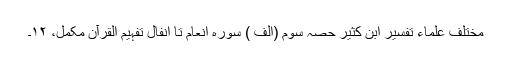
مختلف علماء تفسیر ابن کثیر حصہ سوّم (الف ) سورہ انعام تا انفال تفہیم القرآن مکمل، ۱۲۔